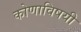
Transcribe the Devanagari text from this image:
कोणाविषयी